Indian journal of veterinary science and animal husbandry - Volumes 24-25, 1954-1955
Year: 1954
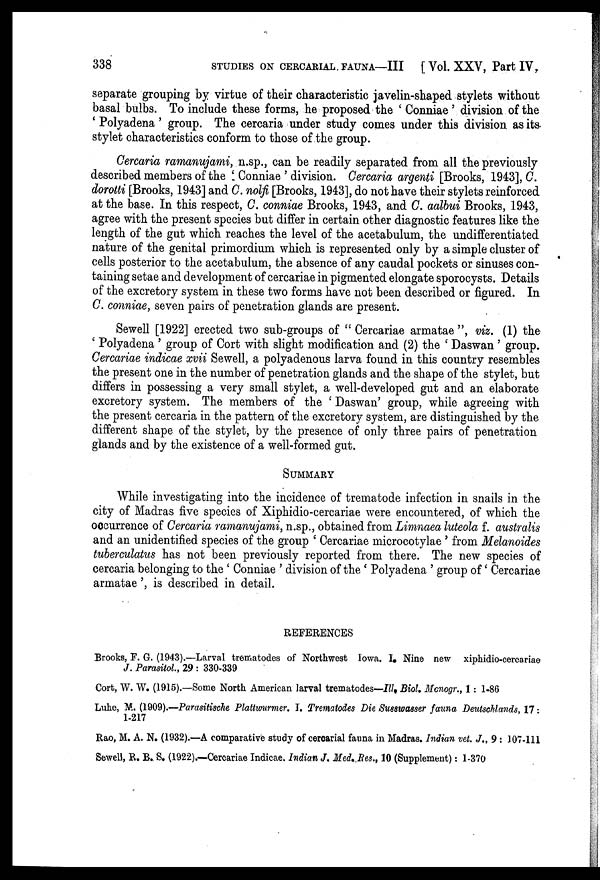
338
STUDIES
ON
CERCARIAL
FAUNA—III
[ Vol. XXV, Part IV,
separate grouping by virtue of their characteristic javelin-shaped stylets without
basal bulbs. To include these forms, he proposed the ' Conniae ' division of the
' Polyadena ' group. The cercaria under study comes under this division as its
stylet characteristics conform to those of the group.
Cercaria ramanujami, n.sp., can be readily separated from all the previously
described members of the ' Conniae ' division. Cercaria argenti [Brooks, 1943], C.
dorotti [Brooks, 1943] and C. nolfi [Brooks, 1943], do not have their stylets reinforced
at the base. In this respect, C. conniae Brooks, 1943, and C. aalbui Brooks, 1943,
agree with the present species but differ in certain other diagnostic features like the
length of the gut which reaches the level of the acetabulum, the undifferentiated
nature of the genital primordium which is represented only by a simple cluster of
cells posterior to the acetabulum, the absence of any caudal pockets or sinuses con-
taining setae and development of cercariae in pigmented elongate sporocysts. Details
of the excretory system in these two forms have not been described or figured. In
C. conniae, seven pairs of penetration glands are present.
Sewell [1922] erected two sub-groups of " Cercariae armatae ", viz. (1) the
' Polyadena ' group of Cort with slight modification and (2) the ' Daswan ' group.
Cercariae indicae xvii Sewell, a polyadenous larva found in this country resembles
the present one in the number of penetration glands and the shape of the stylet, but
differs in possessing a very small stylet, a well-developed gut and an elaborate
excretory system. The members of the ' Daswan ' group, while agreeing with
the present cercaria in the pattern of the excretory system, are distinguished by the
different shape of the stylet, by the presence of only three pairs of penetration
glands and by the existence of a well-formed gut.
SUMMARY
While investigating into the incidence of trematode infection in snails in the
city of Madras five species of Xiphidio-cercariae were encountered, of which the
occurrence of Cercaria ramanujami, n.sp., obtained from Limnaea luteola f. australis
and an unidentified species of the group ' Cercariae microcotylae ' from Melanoides
tuberculatus has not been previously reported from there. The new species of
cercaria belonging to the ' Conniae ' division of the ' Polyadena ' group of ' Cercariae
armatae ', is described in detail.
REFERENCES
Brooks, F. G. (1943).—Larval trematodes of Northwest Iowa. I. Nine new xiphidio-cercariae
J. Parasitol., 29 : 330-339
Cort, W. W. (1915).—Some North American larval trematodes—III. Biol. Monogr., 1 : 1-86
Luhe, M. (1909).—Parasitische Plattwurmer. I. Trematodes Die Susswasser fauna Deutschlands, 17:
1-217
Rao, M. A. N. (1932).—A comparative study of cercarial fauna in Madras. Indian vet. J., 9 : 107-111
Sewell, R. B. S. (1922).—Cercariae Indicae. Indian J. Med,.Res., 10 (Supplement): 1-370